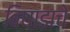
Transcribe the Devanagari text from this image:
बिघाडाचे